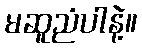
မဆူညံပါနဲ့။